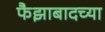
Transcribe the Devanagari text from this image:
फैझाबादच्या